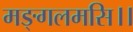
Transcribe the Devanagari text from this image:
मङ्गलमसि।।